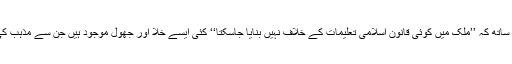
نئے افغان جمہوری آئین میں بھی اس صراحت کے ساتھ کہ ’’ملک میں کوئی قانون اسلامی تعلیمات کے خلاف نہیں بنایا جاسکتا‘‘ کئی ایسے خلا اور جھول موجود ہیں جن سے مذہب کی مختلف ومتعدد تعبیرات کے لیے راستہ کھلتا ہے۔